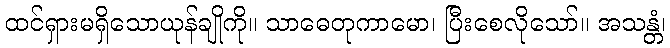
ထင်ရှားမရှိသောယုန်ချိုကို။ သာဓေတုကာမော၊ ပြီးစေလိုသော်။ အသန္တံ၊